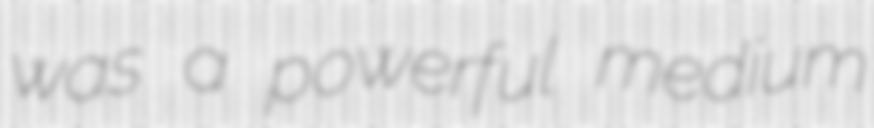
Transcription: was a powerful medium